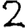
Digit: 2